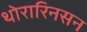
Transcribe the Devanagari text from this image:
थोरारिनसन